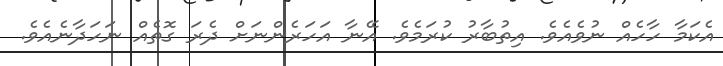
އެކަމާ ހާހެއް ނުވެއެވެ. އިތުބާރު ކުރަމެވެ. އޭނާ އަހަރެންނަށް ދެރަ ގޮތެއް ނަހަދާނެއެވެ.